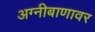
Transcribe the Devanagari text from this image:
अग्नीबाणावर